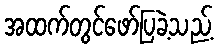
အထက်တွင်ဖော်ပြခဲ့သည့်